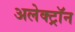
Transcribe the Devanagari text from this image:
अलेक्ट्रॉन